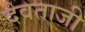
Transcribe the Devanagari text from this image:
देवताजी